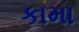
કામા